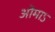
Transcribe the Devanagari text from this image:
ओमाऽ